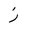
Letter: _zay